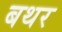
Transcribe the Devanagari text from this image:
बथर